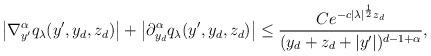
LaTeX: \begin{align*}\left| \nabla_{y'}^\alpha q_\lambda(y',y_d,z_d)\right|+\left|\partial_{y_d}^\alpha q_\lambda(y',y_d,z_d)\right| \leq \frac{Ce^{-c|\lambda|^{\frac 12}z_d}}{(y_d + z_d +|y'|)^{d-1+\alpha}},\end{align*}